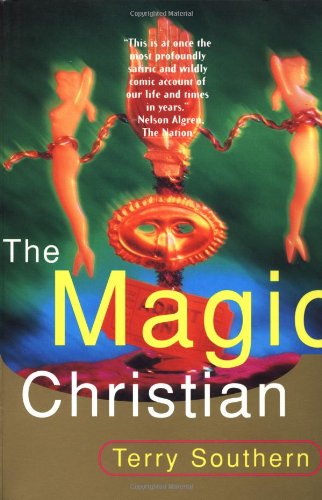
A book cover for The Magic Christian; Terry Southern; Literature & Fiction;